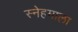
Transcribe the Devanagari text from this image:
स्नेहमाला